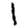
Digit: 1